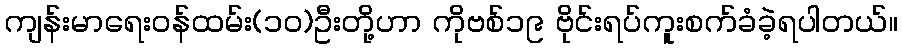
ကျန်းမာရေးဝန်ထမ်း(၁၀)ဦးတို့ဟာ ကိုဗစ်၁၉ ဗိုင်းရပ်ကူးစက်ခံခဲ့ရပါတယ်။